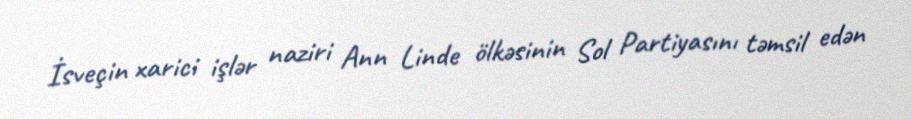
İsveçin xarici işlər naziri Ann Linde ölkəsinin Sol Partiyasını təmsil edən